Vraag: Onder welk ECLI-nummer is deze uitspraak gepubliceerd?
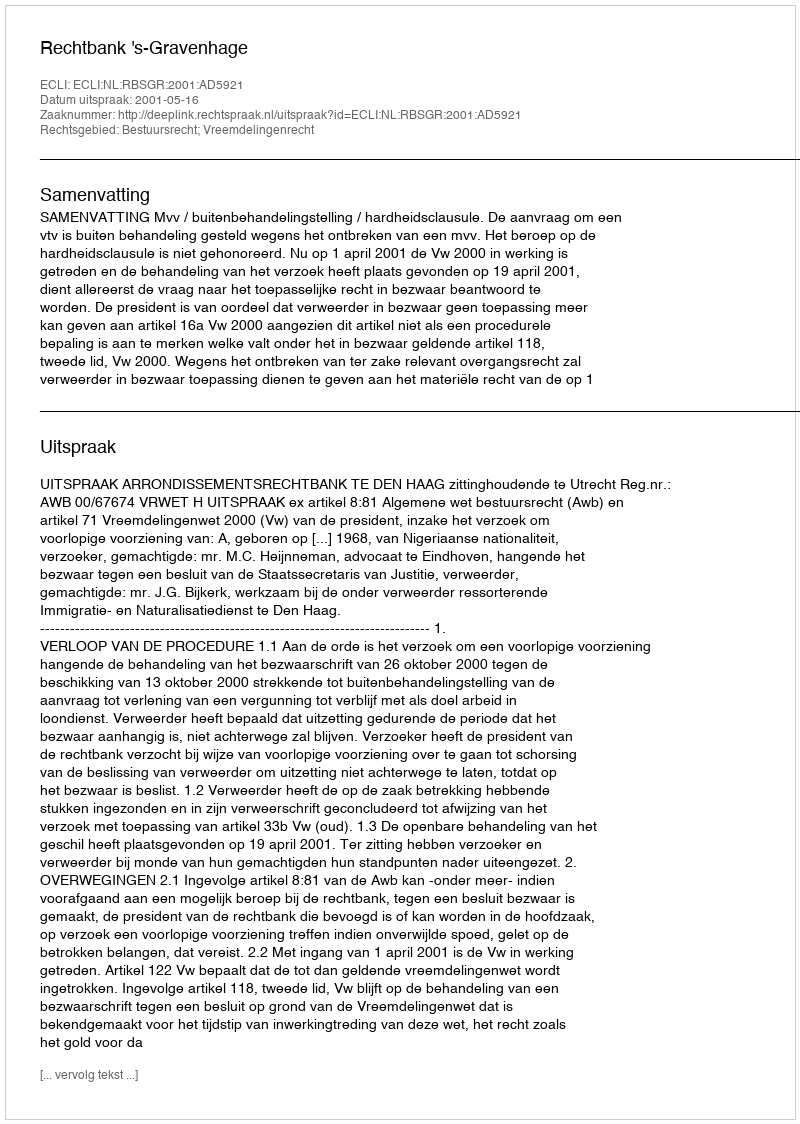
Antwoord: ECLI:NL:RBSGR:2001:AD5921